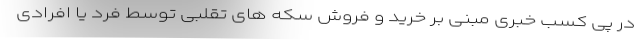
در پی کسب خبری مبنی بر خرید و فروش سکه های تقلبی توسط فرد یا افرادی